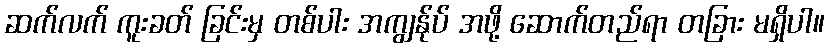
ဆက်လက် ကူးခတ် ခြင်းမှ တစ်ပါး အကျွန်ုပ် အဖို့ ဆောက်တည်ရာ တခြား မရှိပါ။